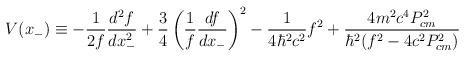
LaTeX: \begin{align*}V(x_{-}) \equiv - \frac{1}{2f} \frac{d^2f}{dx_{-}^2} +\frac{3}{4} \left(\frac{1}{f} \frac{df}{dx_{-}}\right)^2- \frac{1}{4{\hbar}^2c^2} f^2 + \frac{4m^2c^4P_{cm}^2}{{\hbar}^2(f^2 - 4c^2P_{cm}^2)}\end{align*}